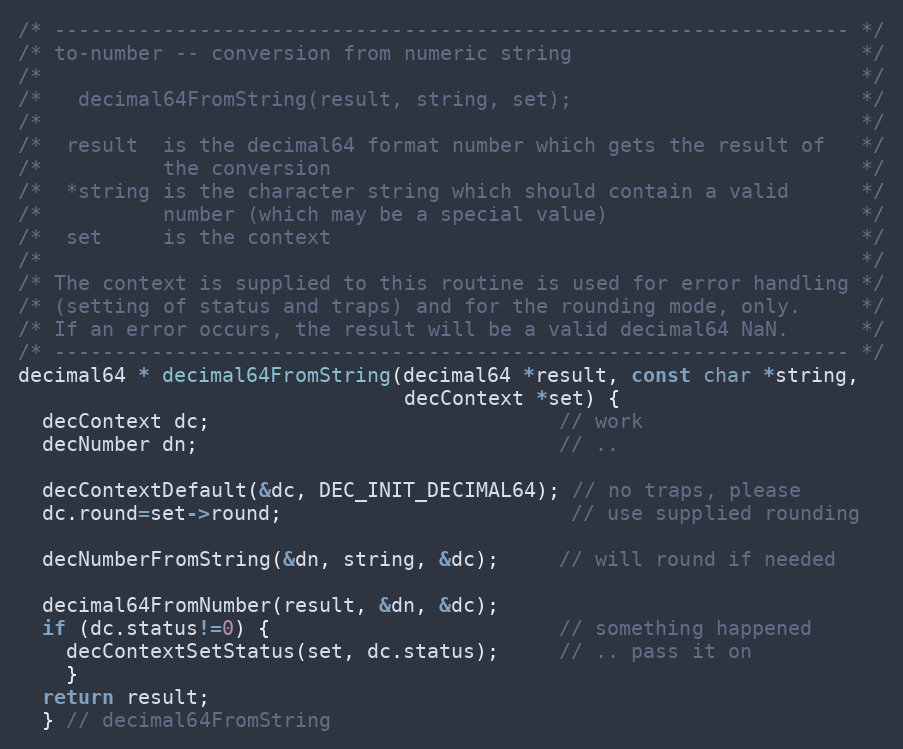
Language: C
/* ------------------------------------------------------------------ */
/* to-number -- conversion from numeric string                        */
/*                                                                    */
/*   decimal64FromString(result, string, set);                        */
/*                                                                    */
/*  result  is the decimal64 format number which gets the result of   */
/*          the conversion                                            */
/*  *string is the character string which should contain a valid      */
/*          number (which may be a special value)                     */
/*  set     is the context                                            */
/*                                                                    */
/* The context is supplied to this routine is used for error handling */
/* (setting of status and traps) and for the rounding mode, only.     */
/* If an error occurs, the result will be a valid decimal64 NaN.      */
/* ------------------------------------------------------------------ */
decimal64 * decimal64FromString(decimal64 *result, const char *string,
                                decContext *set) {
  decContext dc;                             // work
  decNumber dn;                              // ..

  decContextDefault(&dc, DEC_INIT_DECIMAL64); // no traps, please
  dc.round=set->round;                        // use supplied rounding

  decNumberFromString(&dn, string, &dc);     // will round if needed

  decimal64FromNumber(result, &dn, &dc);
  if (dc.status!=0) {                        // something happened
    decContextSetStatus(set, dc.status);     // .. pass it on
    }
  return result;
  } // decimal64FromString